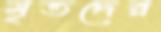
মৃতদের